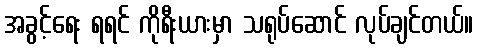
အခွင့်ရေး ရရင် ကိုရီးယားမှာ သရုပ်ဆောင် လုပ်ချင်တယ်။